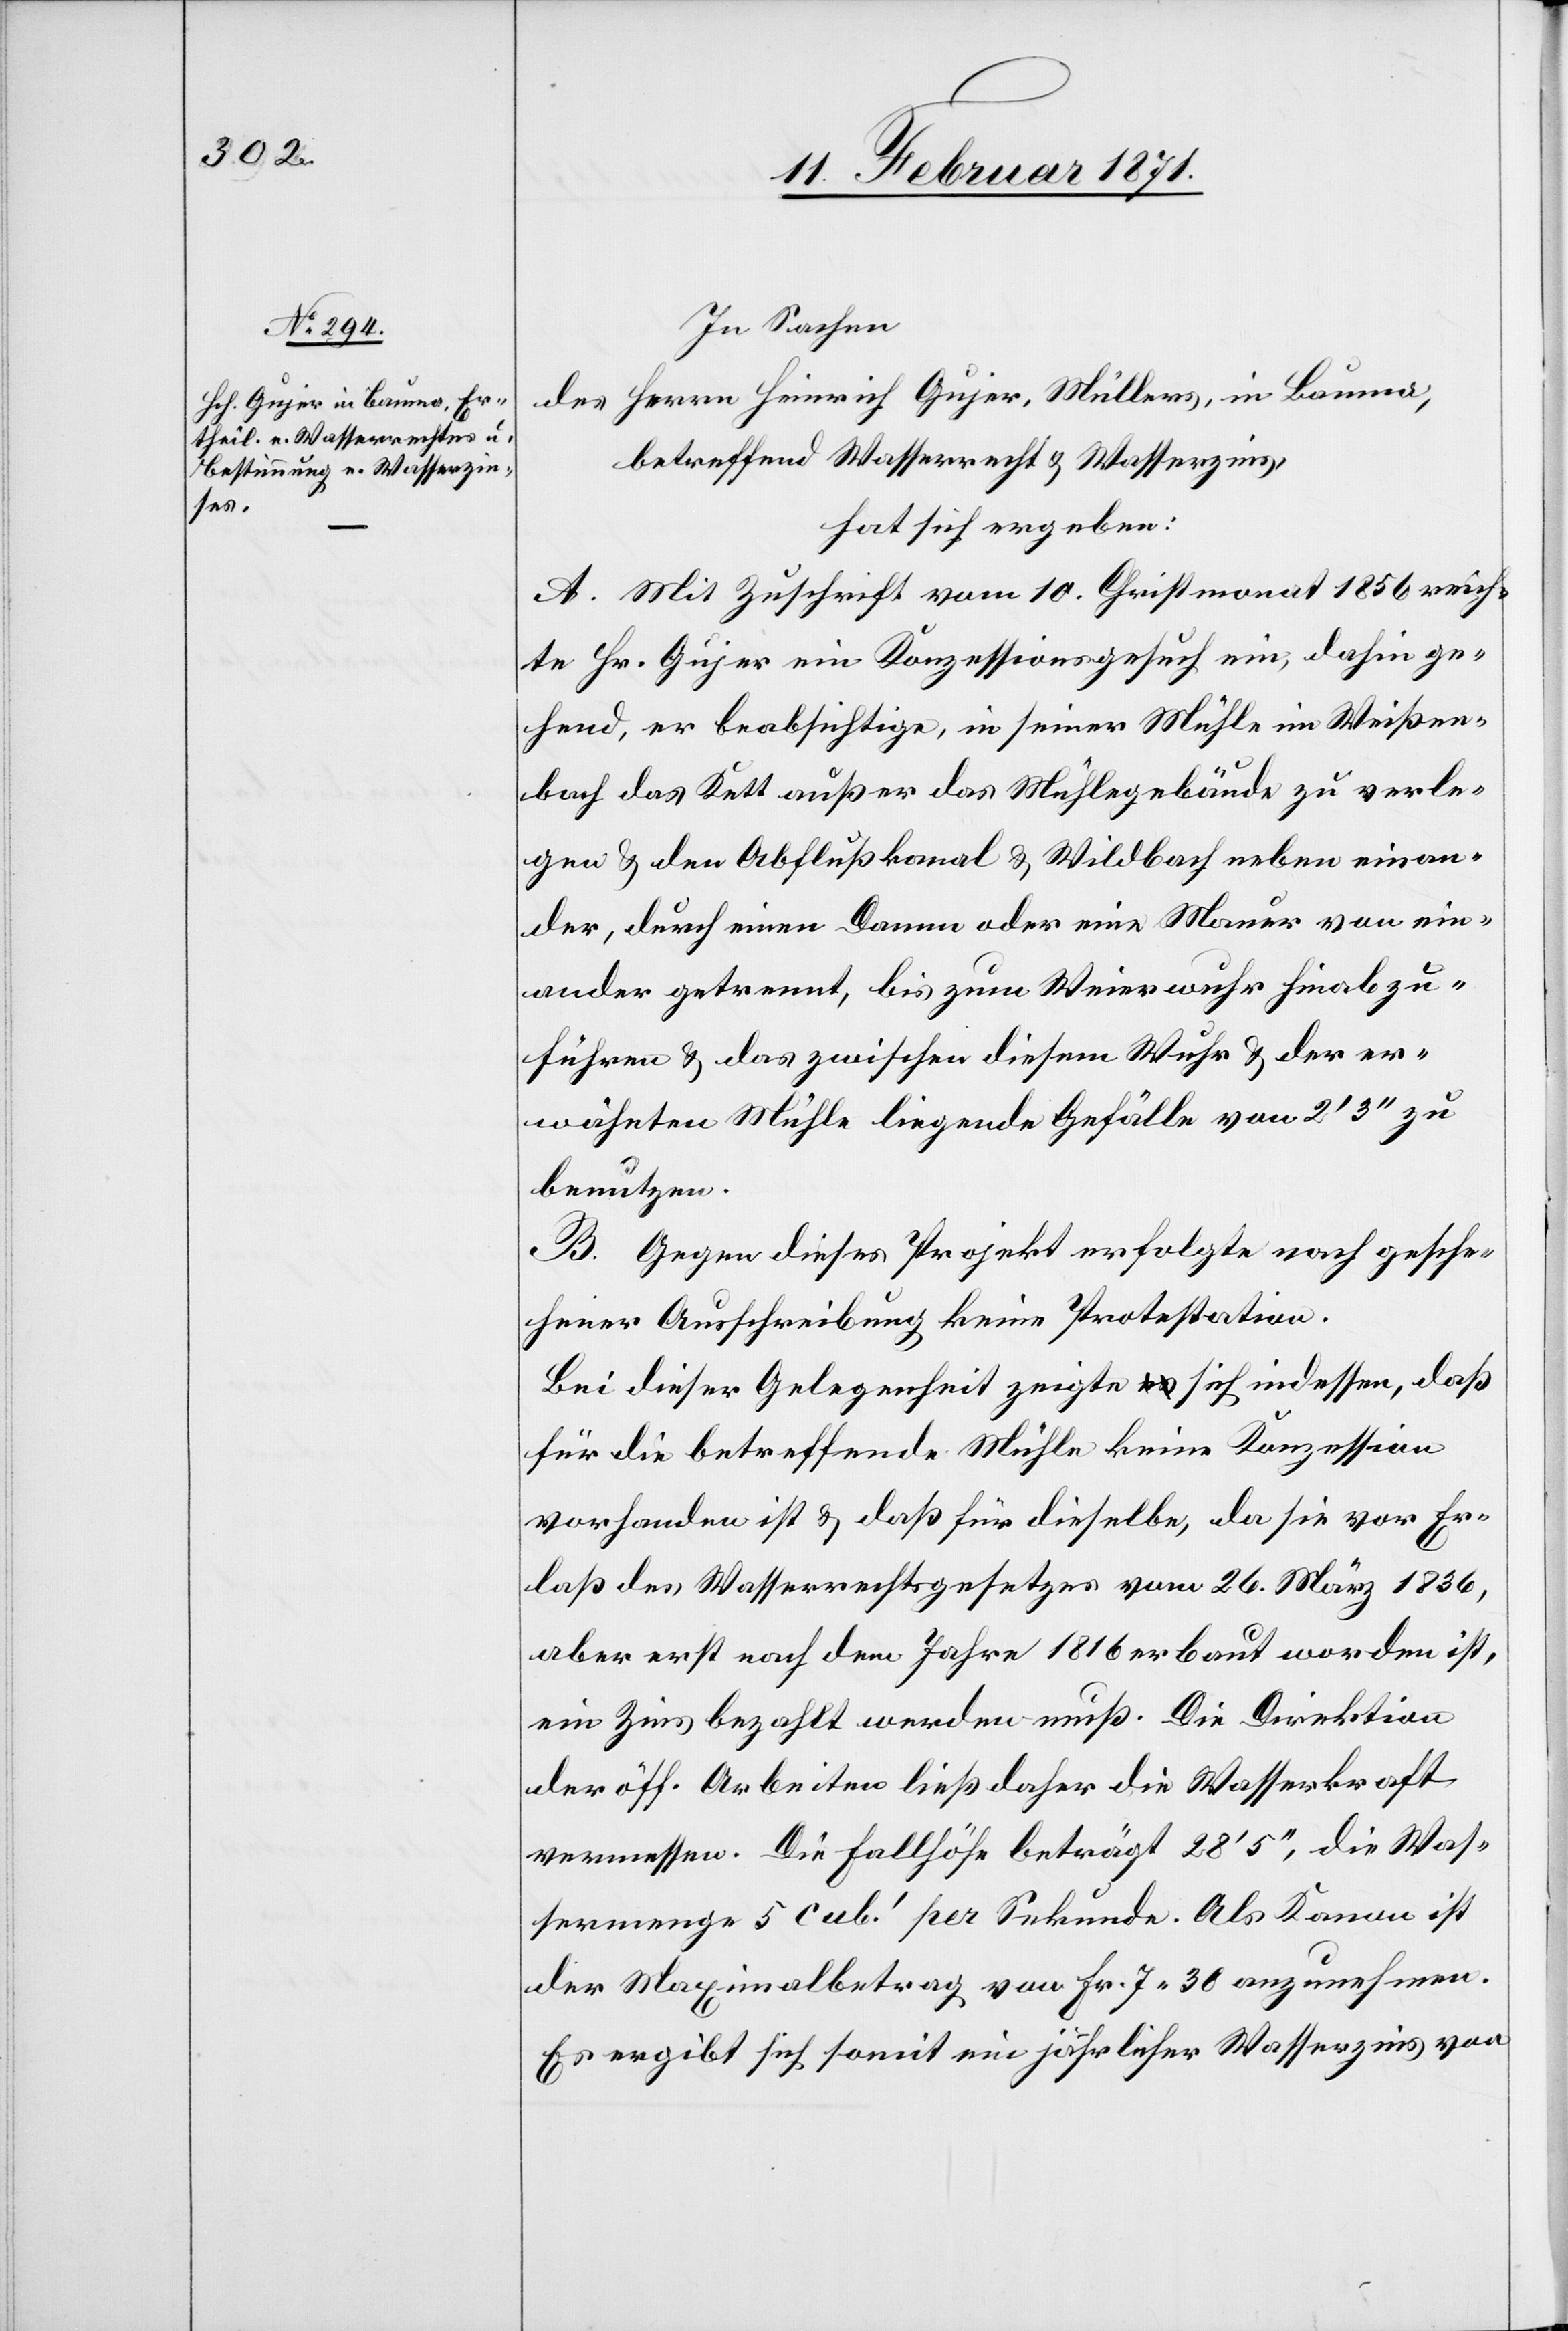
In Sachen
des Herrn Heinrich Gujer, Müllers, in Bauma,
betreffend Wasserrecht u. Wasserzins,
hat sich ergeben:
A. Mit Zuschrift vom 10. Christmonat 1856 reich¬
te Hr. Gujer ein Konzessionsgesuch ein, dahin ge¬
hend, er beabsichtige, in seiner Mühle im Weißen¬
bach das Kett außer das Mühlegebäude zu verle¬
gen u. den Abflußkanal u. Wildbach neben einan¬
der, durch einen Damm oder eine Mauer von ein¬
ander getrennt, bis zum Weierwuhr hinabzu¬
führen u. das zwischen diesem Wuhr u. der er¬
wähnten Mühle liegende Gefälle von 2‘3“ zu
benützen.
B. Gegen dieses Projekt erfolgte nach gesche¬
hener Ausschreibung keine Protestation.
Bei dieser Gelegenheit zeigte sich indessen, daß
für die betreffende Mühle keine Konzession
vorhanden ist u. daß für dieselbe, da sie vor Er¬
laß des Wasserrechtsgesetztes vom 26. März 1836,
aber erst nach dem Jahre 1816 erbaut worden ist,
ein Zins bezahlt werden muß. Die Direktion
der öff. Arbeiten ließ daher die Wasserkraft
vermessen. Die Fallhöhe beträgt 28‘5“, die Was¬
sermenge 5 cub.‘ per Sekunde. Als Kanon ist
der Maximalbetrag von Fr. 7.30 anzunehmen.
Es ergibt sich somit ein jährlicher Wasserzins von